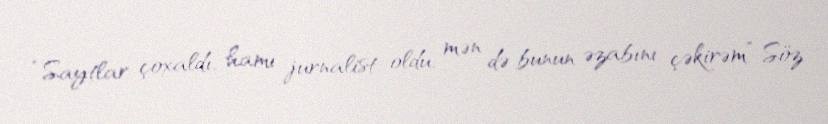
“Saytlar çoxaldı, hamı jurnalist oldu, mən də bunun əzabını çəkirəm” Söz